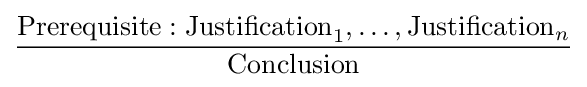
{\frac {\mathrm {Prerequisite:Justification} _{1},\dots ,\mathrm {Justification} _{n}}{\mathrm {Conclusion} }}